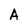
Character: A